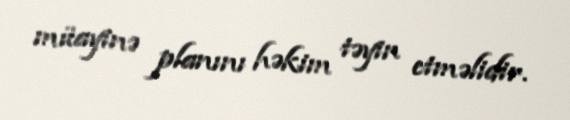
müayinə planını həkim təyin etməlidir.